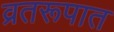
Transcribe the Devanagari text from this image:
व्रतरूपात